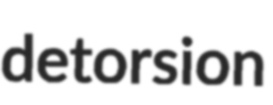
detorsion